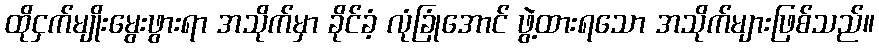
ထိုငှက်မျိုးမွေးဖွားရာ အသိုက်မှာ ခိုင်ခံ့ လုံခြုံအောင် ဖွဲ့ထားရသော အသိုက်များဖြစ်သည်။